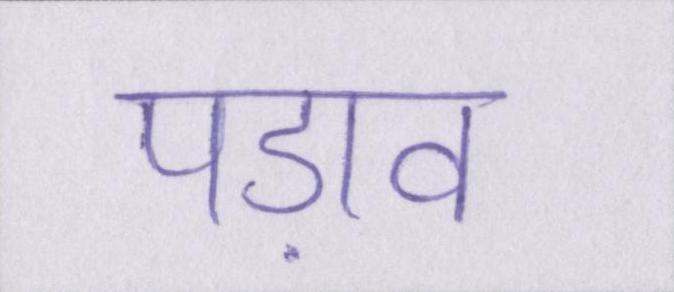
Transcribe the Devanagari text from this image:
पड़ाव